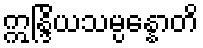
ဣန္ဒြိယသမ္ပန္နောတိ